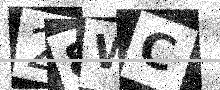
Text: 28WC